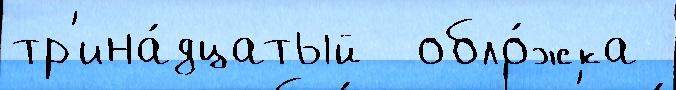
тр'ина́дцатый  обло́жка